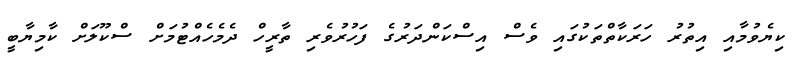
ކިޔެވުމާއި އިތުރު ހަރަކާތްތަކުގައި ވެސް އިސްކަންދަރުގެ ފަހުރުވެރި ތާރީހް ދެމެހެއްޓުމަށް ސްކޫލަށް ކާމިޔާބީ